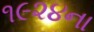
૧૯૨૪ના